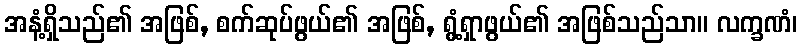
အနံ့ရှိသည်၏ အဖြစ်, စက်ဆုပ်ဖွယ်၏ အဖြစ်, ရွံ့ရှာဖွယ်၏ အဖြစ်သည်သာ။ လက္ခဏံ၊